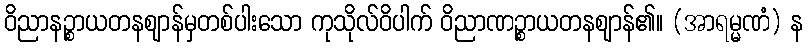
ဝိညာနဉ္စာယတနဈာန်မှတစ်ပါးသော ကုသိုလ်ဝိပါက် ဝိညာဏဉ္စာယတနဈာန်၏။ (အာရမ္မဏံ) န